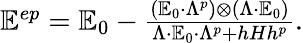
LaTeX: \begin{array}{r}{\mathbb E^{ep}=\mathbb E_{0}-\frac{(\mathbb E_{0}\cdot\Lambda^{p})\otimes(\Lambda\cdot\mathbb E_{0})}{\Lambda\cdot\mathbb E_{0}\cdot\Lambda^{p}+hHh^{p}}.}\end{array}